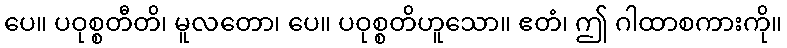
ပေ။ ပဝုစ္စတီတိ၊ မူလတော၊ ပေ။ ပဝုစ္စတိဟူသော။ ဧတံ၊ ဤ ဂါထာစကားကို။